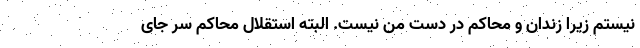
نیستم زیرا زندان و محاکم در دست من نیست. البته استقلال محاکم سر جای